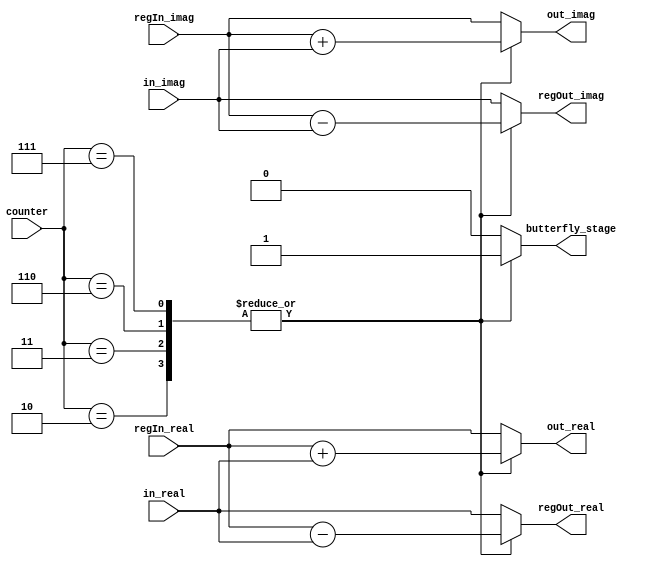
`timescale 1ns / 1ps
//////////////////////////////////////////////////////////////////////////////////
// Company: 
// Engineer: 
// 
// Design Name: 
// Module Name: s4_fsm_butterfly
// Project Name: 
// Target Devices: 
// Tool Versions: 
// Description: 
// 
// Dependencies: 
// 
// Revision:
// Revision 0.01 - File Created
// Additional Comments:
// 
//////////////////////////////////////////////////////////////////////////////////


module s4_fsm_butterfly(
                         counter,
                         in_real,
                         in_imag,
                         regIn_real,
                         regIn_imag,
                         regOut_real,
                         regOut_imag,
                         out_real,
                         out_imag,
                         butterfly_stage
                         );
    input signed [4:0] counter;                      
    input signed [14:0] in_real;  // 15 bits input of S4
    input signed [14:0] in_imag;
    input signed [14:0] regIn_real;
    input signed [14:0] regIn_imag;
    output signed [14:0] regOut_real;
    output signed [14:0] regOut_imag;
    output signed [14:0] out_real;// 15 bits output
    output signed [14:0] out_imag;
    output butterfly_stage;

    reg signed [14:0] reg_temp_real;
    reg signed [14:0] reg_temp_imag;
    reg signed [14:0] out_temp_real;
    reg signed [14:0] out_temp_imag;
    reg out_mode;
    
    always@(*) begin
        // mode: 1 or 0
        // 1: Butterfly, 0: bypass operation
        case(counter)
            5'd0:begin
                out_mode = 0;
                reg_temp_real = in_real;
                reg_temp_imag = in_imag;
                out_temp_real = regIn_real;
                out_temp_imag = regIn_imag;
            end
            5'd1:begin
                out_mode = 0;
                reg_temp_real = in_real;
                reg_temp_imag = in_imag;
                out_temp_real = regIn_real;
                out_temp_imag = regIn_imag;
            end
            5'd2:begin
                out_mode = 1;
                reg_temp_real = regIn_real - in_real;
                reg_temp_imag = regIn_imag - in_imag;
                out_temp_real = regIn_real + in_real;
                out_temp_imag = regIn_imag + in_imag;
            end
            5'd3:begin
                out_mode = 1;
                reg_temp_real = regIn_real - in_real;
                reg_temp_imag = regIn_imag - in_imag;
                out_temp_real = regIn_real + in_real;
                out_temp_imag = regIn_imag + in_imag;
            end
            5'd4:begin
                out_mode = 0;
                reg_temp_real = in_real;
                reg_temp_imag = in_imag;
                out_temp_real = regIn_real;
                out_temp_imag = regIn_imag;
            end
            5'd5:begin
                out_mode = 0;
                reg_temp_real = in_real;
                reg_temp_imag = in_imag;
                out_temp_real = regIn_real;
                out_temp_imag = regIn_imag;
            end
            5'd6:begin
                out_mode = 1;
                reg_temp_real = regIn_real - in_real;
                reg_temp_imag = regIn_imag - in_imag;
                out_temp_real = regIn_real + in_real;
                out_temp_imag = regIn_imag + in_imag;
            end
            5'd7:begin
                out_mode = 1;
                reg_temp_real = regIn_real - in_real;
                reg_temp_imag = regIn_imag - in_imag;
                out_temp_real = regIn_real + in_real;
                out_temp_imag = regIn_imag + in_imag;
            end
            default:begin
                out_mode = 0;
                reg_temp_real = in_real;
                reg_temp_imag = in_imag;
                out_temp_real = regIn_real;
                out_temp_imag = regIn_imag;
            end
        endcase
    end

    assign    butterfly_stage = out_mode;
    assign    out_real = out_temp_real;
    assign    out_imag = out_temp_imag;
    assign    regOut_real = reg_temp_real;
    assign    regOut_imag = reg_temp_imag;
    
endmodule